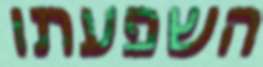
השפעתו